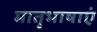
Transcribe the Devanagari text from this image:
मातृभाषाएं